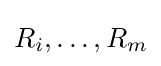
R_{i},\ldots ,R_{m}